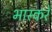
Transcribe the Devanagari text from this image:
भास्करे